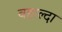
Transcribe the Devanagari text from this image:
बहाल्दा